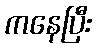
ကနေပြီး